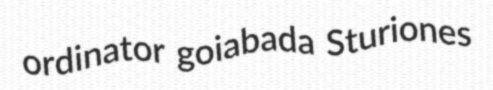
ordinator goiabada Sturiones